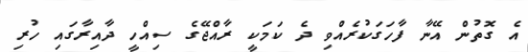
އެ ގޮތުން އޭނާ ފާހަގަކުރެއްވި ދެ ކަމަކީ ރާއްޖޭގެ ސިއްހީ ދާއިރާގައި ހުރި